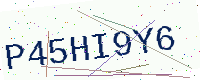
Text: P45HI9Y6